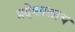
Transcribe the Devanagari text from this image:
प्रदेशालाच